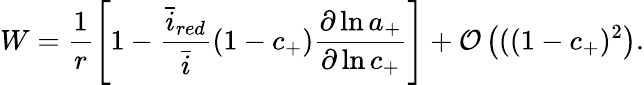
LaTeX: W=\frac{1}{r}\left[1-\frac{\bar{i}_{red}}{\bar{i}}\left(1-c_{+}\right)\frac{\partial\ln{a_{+}}}{\partial\ln{c_{+}}}\right]+\mathcal{O}\left(((1-c_{+})^{2}\right).